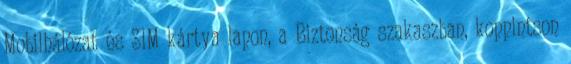
Mobilhálózat és SIM kártya lapon, a Biztonság szakaszban, koppintson